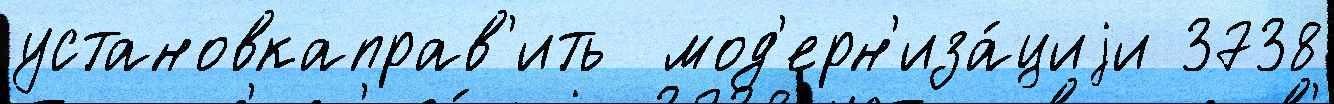
установкаправ'ить  мод'ерн'иза́циjи 3738